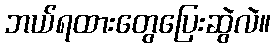
ဘယ်ရထားတွေပြေးဆွဲလဲ။